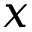
x